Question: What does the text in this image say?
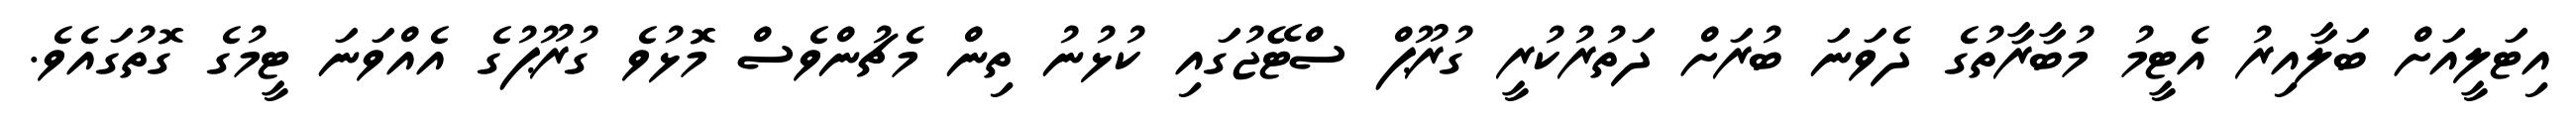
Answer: އިޓަލީއަށް ބަލާއިރު އެޓީމު މުބާރާތުގެ ދެވަނަ ބުރަށް ދަތުރުކުރީ ގުރޫޕް ސްޓޭޖުގައި ކުޅުނު ތިން މެޗުންވެސް މޮޅުވެ ގުރޫޕުގެ އެއްވަނަ ޓީމުގެ ގޮތުގައެވެ.